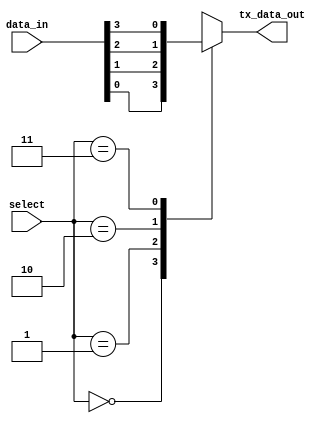
module uart_mux
(
input  [3:0]data_in,
input  [1:0]select,
output reg      tx_data_out
);

always @(*)
begin
  case (select)
     2'b00 : tx_data_out <= data_in[0];
	 2'b01 : tx_data_out <= data_in[1];
	 2'b10 : tx_data_out <= data_in[2];
	 2'b11 : tx_data_out <= data_in[3];
	 //default : tx_data_out <= 1'bz;

   endcase
end
endmodule